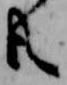
共